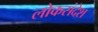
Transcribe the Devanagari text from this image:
लोकसंदेश